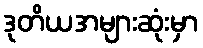
ဒုတိယအများဆုံးမှာ